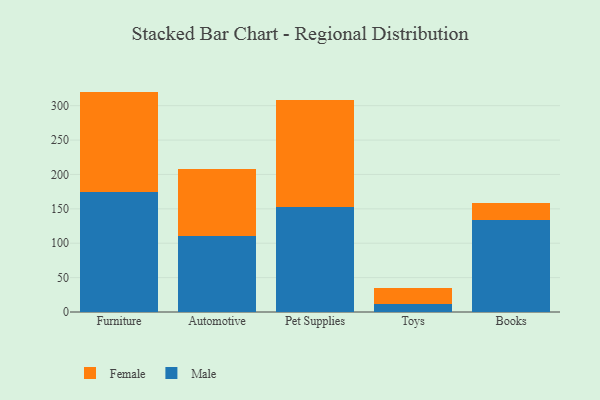
{"axis": {"x": "Category", "y": "Demand Index"}, "legend": ["Female", "Male"], "data": [{"x": "Furniture", "y": 174.0, "type": "Male"}, {"x": "Furniture", "y": 146.5, "type": "Female"}, {"x": "Automotive", "y": 110.1, "type": "Male"}, {"x": "Automotive", "y": 97.3, "type": "Female"}, {"x": "Pet Supplies", "y": 153.0, "type": "Male"}, {"x": "Pet Supplies", "y": 155.2, "type": "Female"}, {"x": "Toys", "y": 11.6, "type": "Male"}, {"x": "Toys", "y": 23.5, "type": "Female"}, {"x": "Books", "y": 133.3, "type": "Male"}, {"x": "Books", "y": 25.0, "type": "Female"}]}